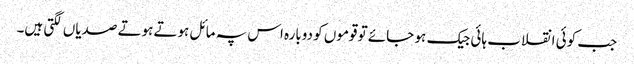
جب کوئی انقلاب ہائی جیک ہو جائے تو قوموں کو دوبارہ اس پہ مائل ہوتے ہوتے صدیاں لگتی ہیں۔